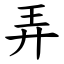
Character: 弄